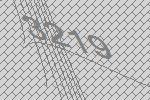
3219